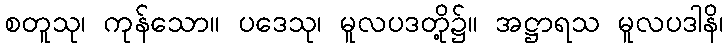
စတူသု၊ ကုန်သော။ ပဒေသု၊ မူလပဒတို့၌။ အဋ္ဌာရသ မူလပဒါနိ၊